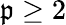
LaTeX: \mathfrak{p}\ge2